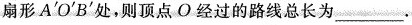
扇形A^{'}O^{'}B^{'}处，则顶点O经过的路线总长为___。